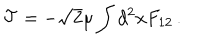
LaTeX: { \cal T } = - \sqrt { 2 } \mu \int d ^ { 2 } x F _ { 1 2 } \, .